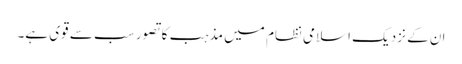
ان کے نزدیک اسلامی نظام میں مذہب کا تصور سب سے قوی ہے۔